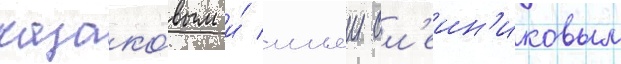
казако́вым и́ ильеи ол'еин'иковым